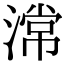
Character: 𣻸